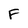
Character: F